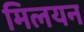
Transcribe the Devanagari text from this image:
मिलयन